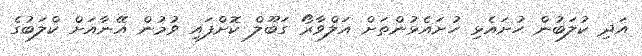
އަދި ކުލަބުން ހުށައެޅި ހުށައެޅުންތަށް އަލްވާރޯ ގަބޫލް ކޮށްފައި ވުމުން އޭނާއަށް ކްލަބުގެ